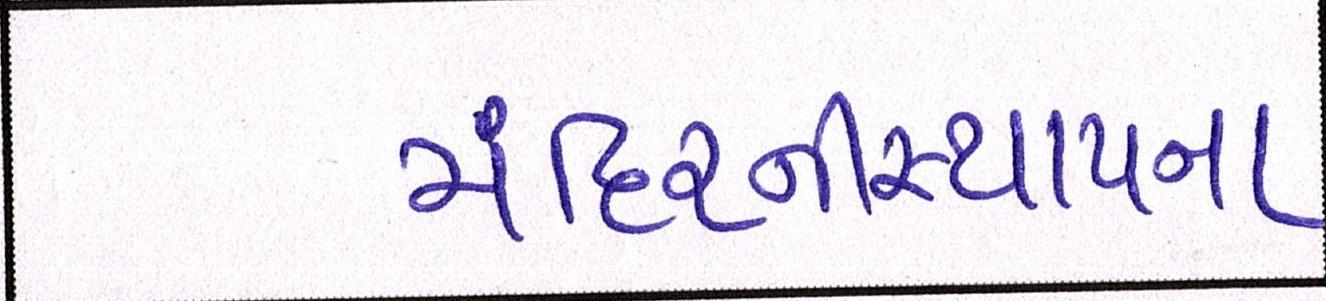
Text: મંદિરનીસ્થાપના